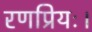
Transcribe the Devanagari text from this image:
रणप्रियः।